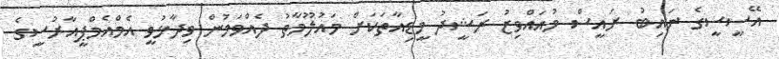
އޭސީސީގެ ނައިބު ރައީސް މުއައްވިޒު ރަޝީދު މީޑިއާތަކަށް މައުލޫމާތު ދެއްވަމުން ވިދާޅުވީ އެމްއެމްޕީއާރުސީގެ